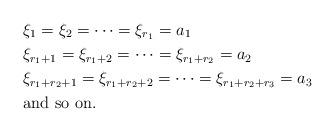
LaTeX: \begin{align*} &\xi_1=\xi_2=\cdots=\xi_{r_1}=a_1 \\&\xi_{r_1+1}=\xi_{r_1+2}=\cdots=\xi_{r_1+r_2}=a_2 \\&\xi_{r_1+r_2+1}=\xi_{r_1+r_2+2}=\cdots=\xi_{r_1+r_2+r_3}=a_3 \\&\mbox{and so on.}\end{align*}